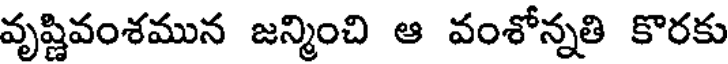
వృష్ణివంశమున జన్మించి ఆ వంశోన్నతి కొరకు